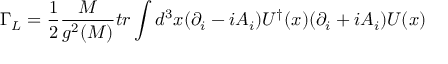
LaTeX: \Gamma _ { L } = { \frac { 1 } { 2 } } { \frac { M } { g ^ { 2 } ( M ) } } t r \int d ^ { 3 } x ( \partial _ { i } - i A _ { i } ) U ^ { \dagger } ( x ) ( \partial _ { i } + i A _ { i } ) U ( x )